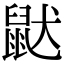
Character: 鼣